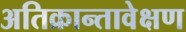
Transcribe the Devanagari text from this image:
अतिक्रान्तावेक्षण